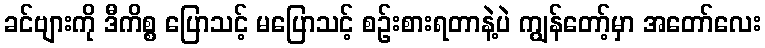
ခင်ဗျားကို ဒီကိစ္စ ပြောသင့် မပြောသင့် စဉ်းစားရတာနဲ့ပဲ ကျွန်တော့်မှာ အတော်လေး